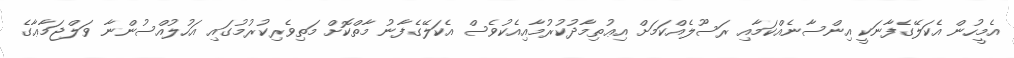
އެމީހުން އެކަލޭގެފާނަކީ އިންސާނެއްކަމާއި ރަސޫލެއްކަމަށް އިޢުތިމާދުކުރުމާއިއެކުވެސް އެކަލޭގެފާނު މާތްކޮށް މަތިވެރިކުރުމުގައި އަހުލުއްސުންނާ ވަލްޖަމާޢާގެ